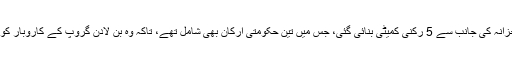
ذرائع کے مطابق بن لادن خاندان کے افراد کی گرفتاری کے بعد، وزارتِ خزانہ کی جانب سے 5 رکنی کمیٹی بنائی گئی، جس میں تین حکومتی ارکان بھی شامل تھے، تاکہ وہ بن لادن گروپ کے کاروبار کو دیکھ سکیں اور سپلائرز اور ٹھیکیداروں کے ساتھ تعلقات کو سنبھال سکیں۔